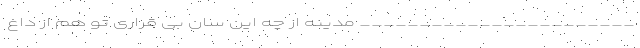
_______________________ مدینه از چه این سان بی قراری تو هم از داغ